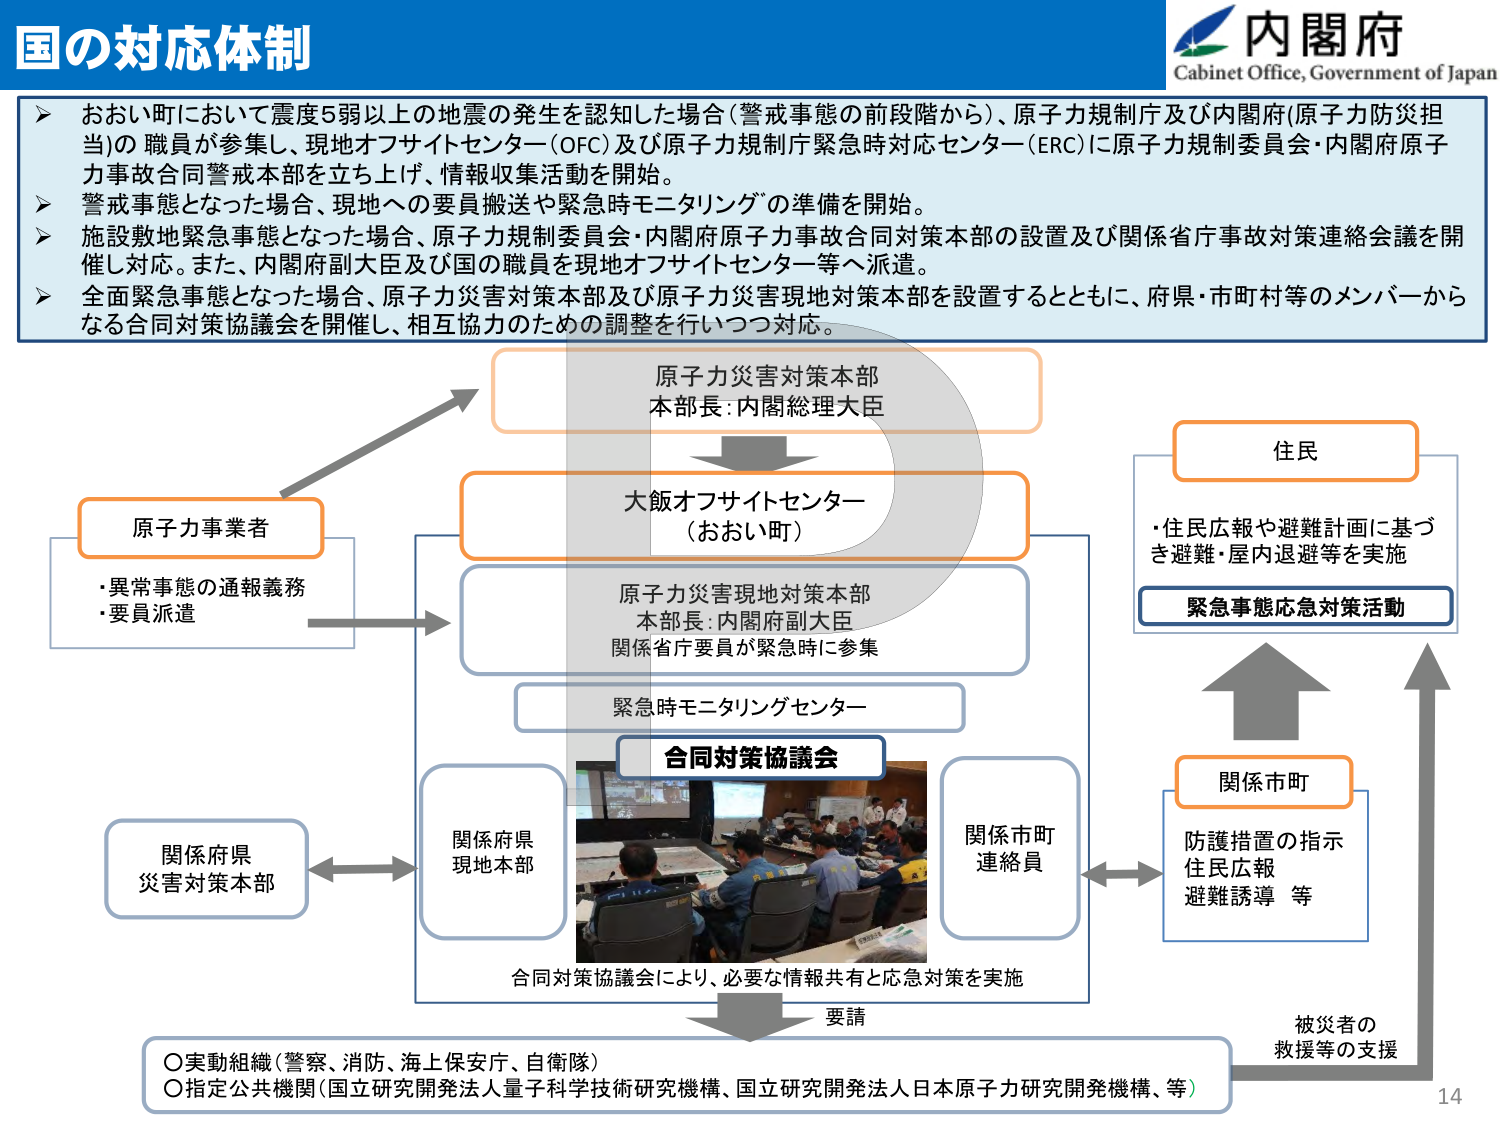
国の対応体制

内閣府
Cabinet Office, Government of Japan

➤ おおい町において震度5弱以上の地震の発生を認知した場合（警戒事態の前段階から）、原子力規制庁及び内閣府（原子力防災担当）の職員が参集し、現地オフサイトセンター（OFC）及び原子力規制庁緊急時対応センター（ERC）に原子力規制委員会・内閣府原子力事故合同警戒本部を立ち上げ、情報収集活動を開始。
➤ 警戒事態となった場合、現地への要員搬送や緊急時モニタリングの準備を開始。
➤ 施設敷地緊急事態となった場合、原子力規制委員会・内閣府原子力事故合同対策本部の設置及び関係省庁事故対策連絡会議を開催し対応。また、内閣府副大臣及び国の職員を現地オフサイトセンター等へ派遣。
➤ 全面緊急事態となった場合、原子力災害対策本部及び原子力災害現地対策本部を設置するとともに、府県・市町村等のメンバーからなる合同対策協議会を開催し、相互協力のための調整を行いつつ対応。

原子力災害対策本部
本部長：内閣総理大臣

大飯オフサイトセンター
（おおい町）

原子力災害現地対策本部
本部長：内閣府副大臣
関係省庁要員が緊急時に参集

緊急時モニタリングセンター

合同対策協議会

関係府県
現地本部

関係市町
連絡員

関係府県
災害対策本部

原子力事業者
・異常事態の通報義務
・要員派遣

住民
・住民広報や避難計画に基づき避難・屋内退避等を実施

緊急事態応急対策活動

関係市町
防護措置の指示
住民広報
避難誘導 等

被災者の
救援等の支援

要請

合同対策協議会により、必要な情報共有と応急対策を実施

○実動組織（警察、消防、海上保安庁、自衛隊）
○指定公共機関（国立研究開発法人量子科学技術研究機構、国立研究開発法人日本原子力研究開発機構、等）

14